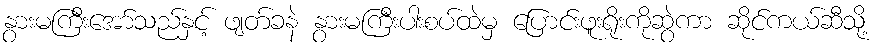
နွားမကြီးအော်သည်နှင့် ဖျတ်ခနဲ နွားမကြီးပါးစပ်ထဲမှ ပြောင်းဖူးရိုးကိုဆွဲကာ ဆိုင်ကယ်ဆီသို့